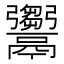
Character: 𩱦